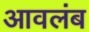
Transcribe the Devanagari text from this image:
आवलंब